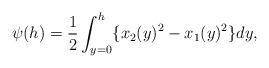
\begin{align*} \begin{aligned} \psi(h)=\frac{1}{2}\int_{y=0}^h\{x_2(y)^2-x_1(y)^2\}dy, \end{aligned} \end{align*}